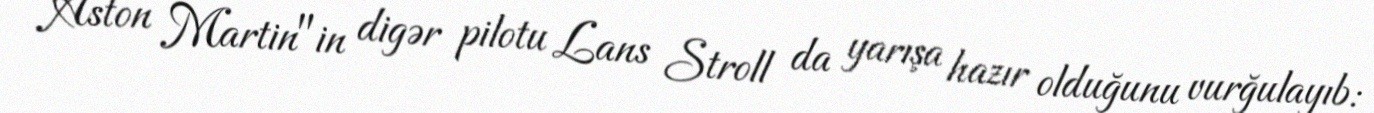
Aston Martin"in digər pilotu Lans Stroll da yarışa hazır olduğunu vurğulayıb: